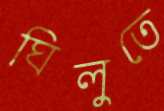
ঘিলুতে